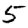
Digit: 5